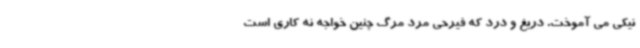
نیکی می آموخت. دریغ و درد که فیرحی مرد مرگ چنین خواجه نه کاری است